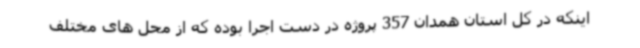
اینکه در کل استان همدان 357 پروژه در دست اجرا بوده که از محل های مختلف